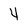
Character: 4